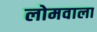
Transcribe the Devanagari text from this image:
लोमवाला